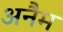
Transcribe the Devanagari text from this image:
अनैम